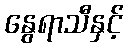
နွေရာသီနှင့်